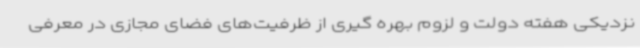
نزدیکی هفته دولت و لزوم بهره گیری از ظرفیت‌های فضای مجازی در معرفی